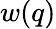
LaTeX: w(q)